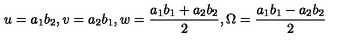
u = a _ { 1 } b _ { 2 } , v = a _ { 2 } b _ { 1 } , w = \frac { a _ { 1 } b _ { 1 } + a _ { 2 } b _ { 2 } } { 2 } , \Omega = \frac { a _ { 1 } b _ { 1 } - a _ { 2 } b _ { 2 } } { 2 }